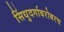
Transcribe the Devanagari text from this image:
सिंधुदर्गाबरोबरच